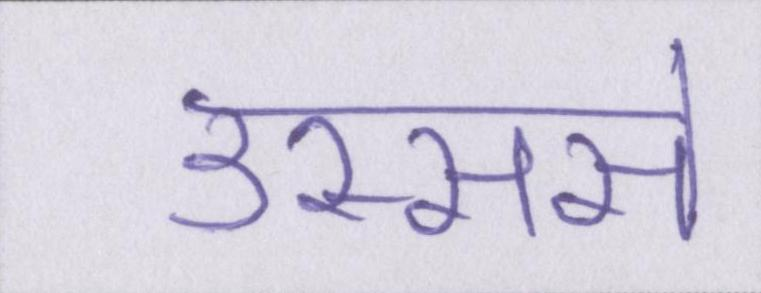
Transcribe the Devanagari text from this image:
उस्ससे